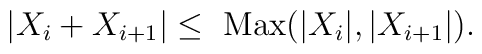
|X_i+X_{i+1}|\leq \mbox{ Max}(|X_i|,|X_{i+1}|).